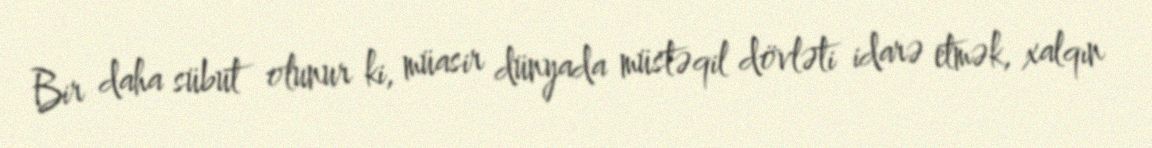
Bir daha sübut olunur ki, müasir dünyada müstəqil dövləti idarə etmək, xalqın